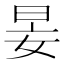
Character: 𡜑